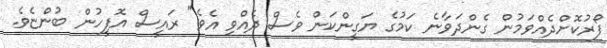
ފޯރުކޮށްދެއްވަމުން ގެންދަވާނެ ކަމުގެ ޔަގީންކަން ވެސް ދެއްވި އެވެ" ރައީސް އޮފީހުން ބުންޏެވެ.